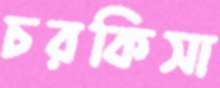
চরকিসা